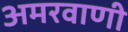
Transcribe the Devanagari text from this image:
अमरवाणी